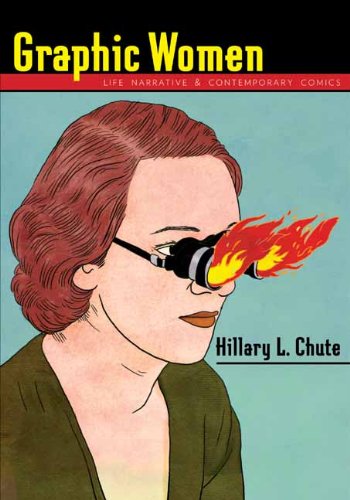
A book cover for Graphic Women: Life Narrative and Contemporary Comics (Gender and Culture Series); Hillary L. Chute; Literature & Fiction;